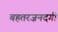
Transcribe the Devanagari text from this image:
बहतरज़नदगी